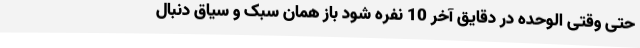
حتی وقتی الوحده در دقایق آخر 10 نفره شود باز همان سبک و سیاق دنبال